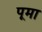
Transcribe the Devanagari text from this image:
पूमा